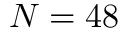
N = 4 8